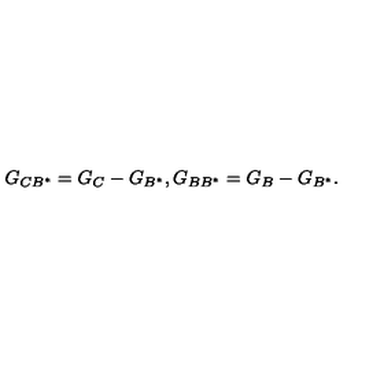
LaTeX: G _ { C B ^ { \ast } } = G _ { C } - G _ { B ^ { \ast } } , G _ { B B ^ { \ast } } = G _ { B } - G _ { B ^ { \ast } } .